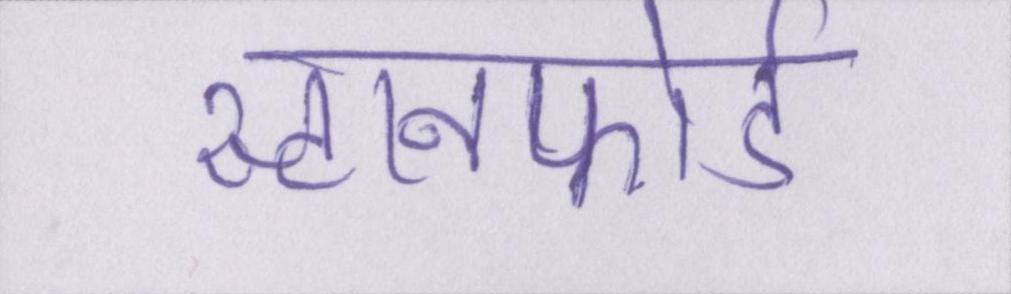
स्टानफोर्ड